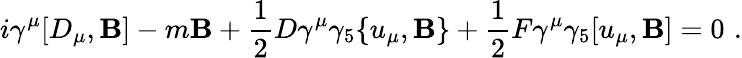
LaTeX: i\gamma^{\mu}[D_{\mu},\mathbf{B}]-m\mathbf{B}+\frac{{1}}{{2}}D\gamma^{\mu}\gamma_{5}\{ u_{\mu},\mathbf{B}\} +\frac{{1}}{{2}}F\gamma^{\mu}\gamma_{5}[u_{\mu},\mathbf{B}]=0\, \, .